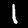
Digit: 1